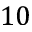
1 0